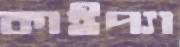
কাইপ্যা